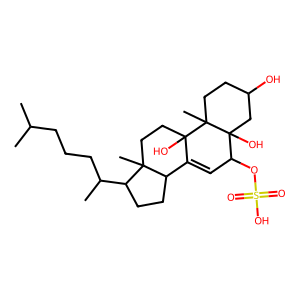
SMILES: CC(C)CCCC(C)C1CCC2C3=CC(OS(=O)(=O)O)C4(O)CC(O)CCC4(C)C3(O)CCC21C
Inhibits HIV replication: No